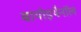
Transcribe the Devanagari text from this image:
बायोइथैनॉल